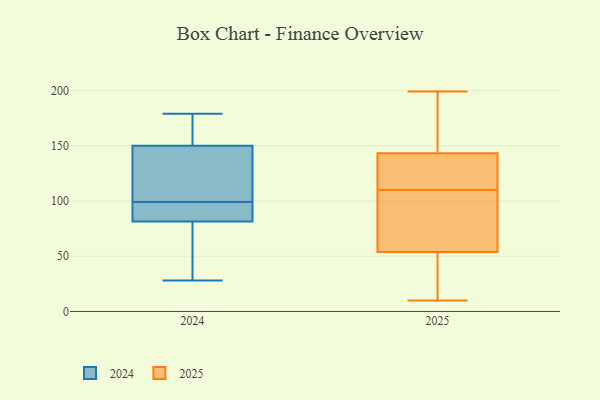
{"axis": {"x": "LTV (USD)", "y": "Value"}, "legend": ["2024", "2025"], "data": [{"x": "", "y": 179, "type": "2024"}, {"x": "", "y": 61, "type": "2024"}, {"x": "", "y": 28, "type": "2024"}, {"x": "", "y": 79, "type": "2024"}, {"x": "", "y": 148, "type": "2024"}, {"x": "", "y": 132, "type": "2024"}, {"x": "", "y": 87, "type": "2024"}, {"x": "", "y": 94, "type": "2024"}, {"x": "", "y": 152, "type": "2024"}, {"x": "", "y": 84, "type": "2024"}, {"x": "", "y": 104, "type": "2024"}, {"x": "", "y": 164, "type": "2024"}, {"x": "", "y": 24, "type": "2025"}, {"x": "", "y": 67, "type": "2025"}, {"x": "", "y": 10, "type": "2025"}, {"x": "", "y": 104, "type": "2025"}, {"x": "", "y": 53, "type": "2025"}, {"x": "", "y": 56, "type": "2025"}, {"x": "", "y": 149, "type": "2025"}, {"x": "", "y": 141, "type": "2025"}, {"x": "", "y": 118, "type": "2025"}, {"x": "", "y": 199, "type": "2025"}, {"x": "", "y": 159, "type": "2025"}, {"x": "", "y": 144, "type": "2025"}, {"x": "", "y": 30, "type": "2025"}, {"x": "", "y": 110, "type": "2025"}, {"x": "", "y": 86, "type": "2025"}, {"x": "", "y": 156, "type": "2025"}, {"x": "", "y": 136, "type": "2025"}, {"x": "", "y": 28, "type": "2025"}, {"x": "", "y": 122, "type": "2025"}]}